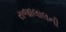
રાજાલાલની